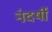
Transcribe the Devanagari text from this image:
नंदर्षी